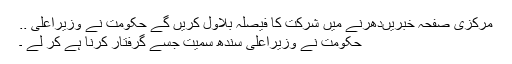
مرکزی صفحہ خبریںدھرنے میں شرکت کا فیصلہ بلاول کریں گے حکومت نے وزیراعلیٰ ..
حکومت نے وزیراعلیٰ سندھ سمیت جسے گرفتار کرنا ہے کر لے ۔